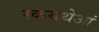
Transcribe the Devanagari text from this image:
स्कयथेआं